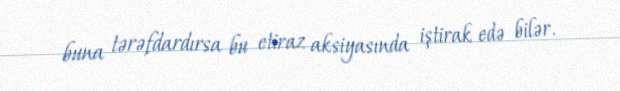
buna tərəfdardırsa bu etiraz aksiyasında iştirak edə bilər.